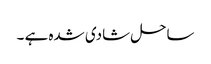
ساحل شادی شدہ ہے ۔